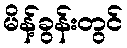
မိန့်ခွန်းတွင်